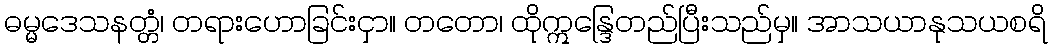
ဓမ္မဒေသနတ္တံ၊ တရားဟောခြင်းငှာ။ တတော၊ ထိုဣန္ဒြေတည်ပြီးသည်မှ။ အာသယာနုသယစရိ